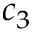
c _ { 3 }